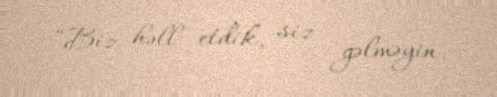
“Biz həll etdik, siz gəlməyin.